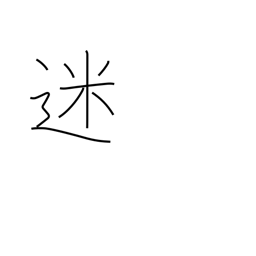
Meaning: in doubt